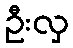
ဦးလှ